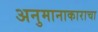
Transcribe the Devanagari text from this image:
अनुमानाकाराचा